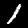
Label: 1